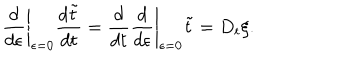
LaTeX: \left. \frac { d } { d \epsilon } \right| _ { \epsilon = 0 } \frac { d \tilde { t } } { d t } = \frac { d } { d t } \left. \frac { d } { d \epsilon } \right| _ { \epsilon = 0 } \tilde { t } = D _ { t } \xi .